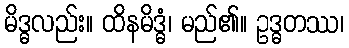
မိဒ္ဓလည်း။ ထိနမိဒ္ဓံ၊ မည်၏။ ဥဒ္ဓတဿ၊